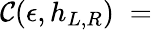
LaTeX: {\cal C}(\epsilon,h_{L,R})\; =\;